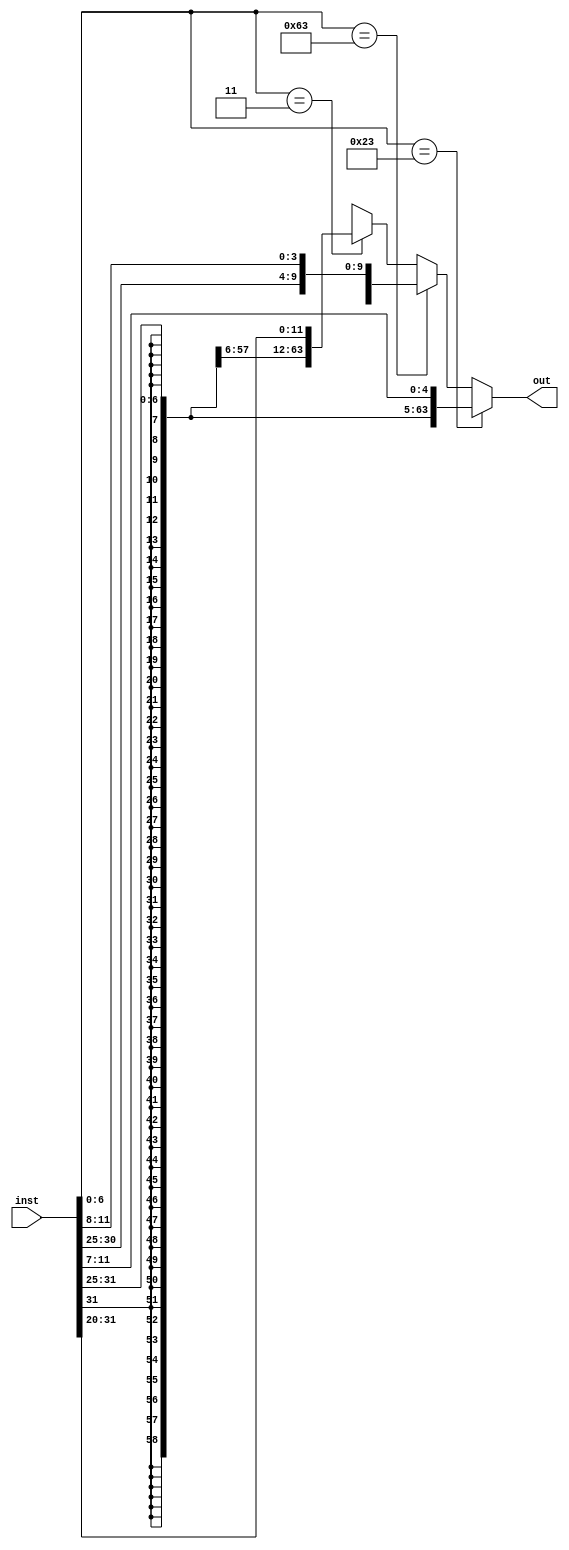
module imm_gen(inst, out);
    input wire [31:0] inst;
    output [63:0] out;

    reg [63:0] temp;

    always @( inst ) begin
      if (inst[6:0] == 7'b0100011) begin
        temp = {{53{inst[31]}}, inst[30:25], inst[11:7]};
      end else if (inst[6:0] == 7'b1100011) begin
        temp = {{53{inst[31]}}, inst[7], inst[30:25], inst[11:8]};
      end else if (inst[6:0] == 7'b0000011) begin
        temp = {{53{inst[31]}}, inst[30:20]};
      end else begin
        temp = 64'bx;
      end
    end
    assign out = temp;
endmodule